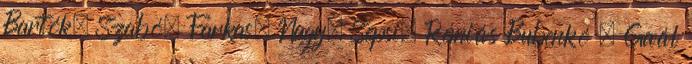
Bartók, Szabó, Farkas, Nagy, Sepsi, Rémiás Bubenkó , Gaál